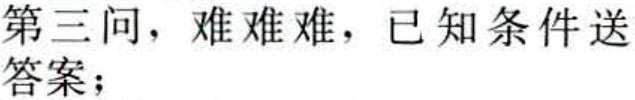
第三问，难难难，已知条件送答案；